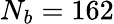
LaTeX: N_{b}=162